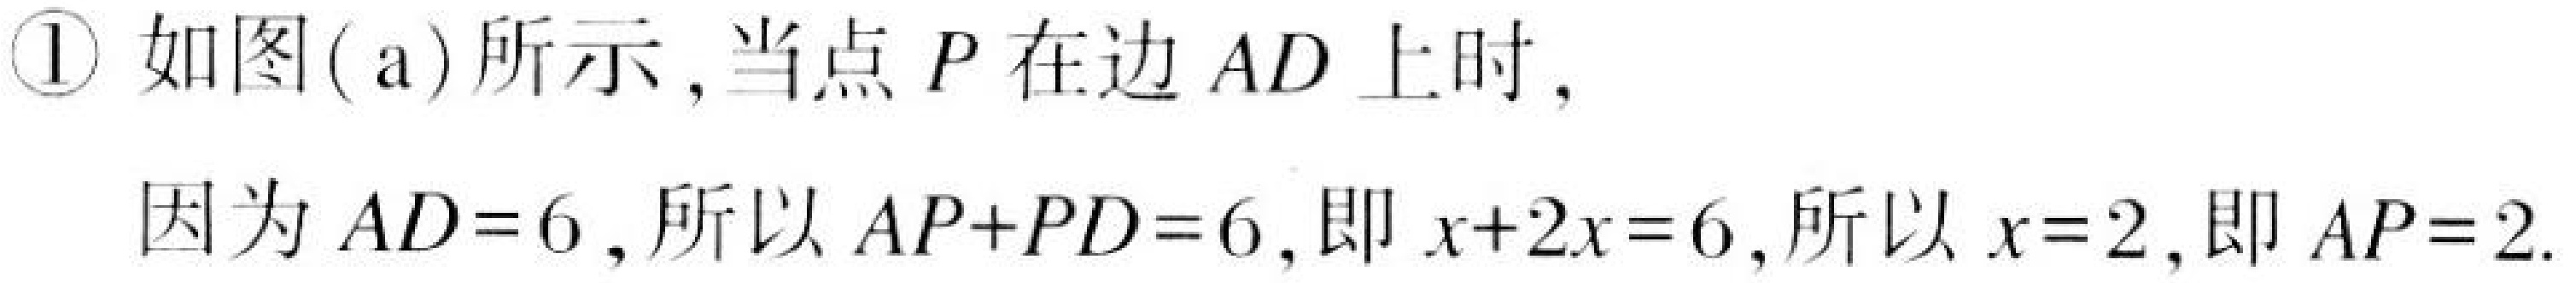
\textcircled{1} 如图(a)所示,当点 \(P\) 在边 \(AD\) 上时,
因为 \(AD = 6\),所以 \(AP + PD=6\),即 \(x + 2x=6\),所以 \(x = 2\),即 \(AP = 2\).